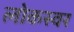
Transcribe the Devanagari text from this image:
लोकस्वर